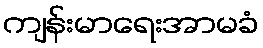
ကျန်းမာရေးအာမခံ